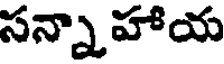
సన్నాహాయ